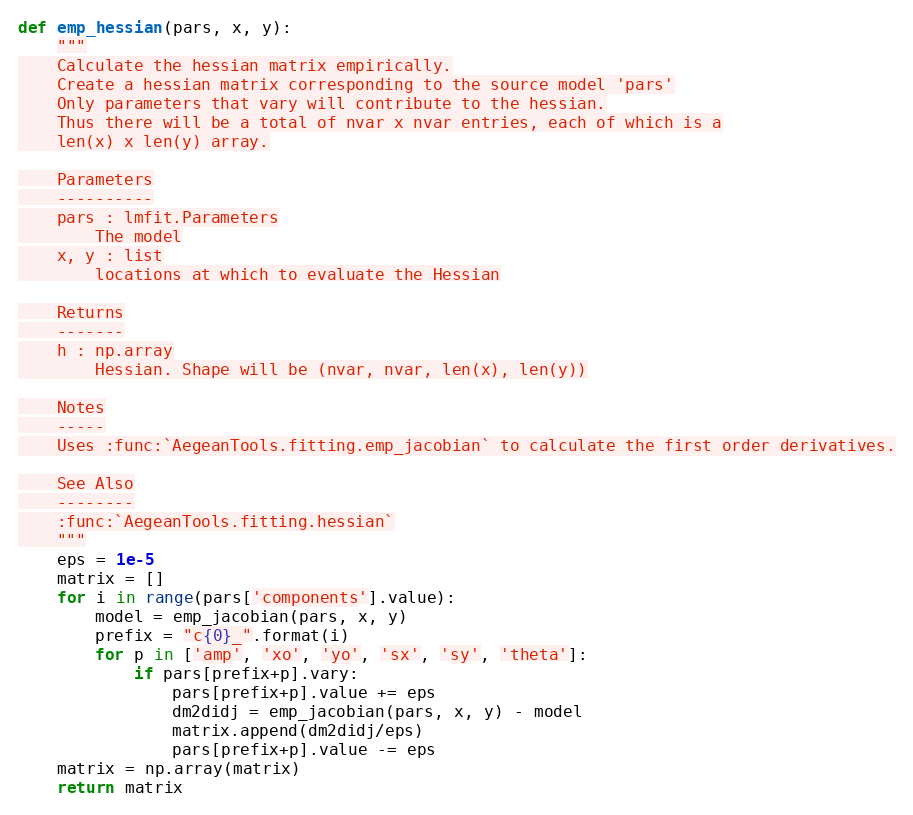
Language: Python
def emp_hessian(pars, x, y):
    """
    Calculate the hessian matrix empirically.
    Create a hessian matrix corresponding to the source model 'pars'
    Only parameters that vary will contribute to the hessian.
    Thus there will be a total of nvar x nvar entries, each of which is a
    len(x) x len(y) array.

    Parameters
    ----------
    pars : lmfit.Parameters
        The model
    x, y : list
        locations at which to evaluate the Hessian

    Returns
    -------
    h : np.array
        Hessian. Shape will be (nvar, nvar, len(x), len(y))

    Notes
    -----
    Uses :func:`AegeanTools.fitting.emp_jacobian` to calculate the first order derivatives.

    See Also
    --------
    :func:`AegeanTools.fitting.hessian`
    """
    eps = 1e-5
    matrix = []
    for i in range(pars['components'].value):
        model = emp_jacobian(pars, x, y)
        prefix = "c{0}_".format(i)
        for p in ['amp', 'xo', 'yo', 'sx', 'sy', 'theta']:
            if pars[prefix+p].vary:
                pars[prefix+p].value += eps
                dm2didj = emp_jacobian(pars, x, y) - model
                matrix.append(dm2didj/eps)
                pars[prefix+p].value -= eps
    matrix = np.array(matrix)
    return matrix